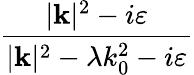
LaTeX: \frac{|\mathbf{k}|^{2}-i\varepsilon}{|\mathbf{k}|^{2}-\lambda k_{0}^{2}-i\varepsilon}